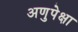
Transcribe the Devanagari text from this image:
अणुपेक्षा